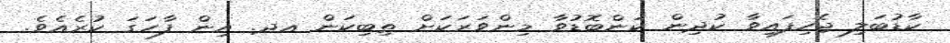
ކާޑުބަލި ޖެހިފައިވާ ކުދިން ކަންބޮޑުވާ މިންވަރަކަށް ތިބިކަން އދ. އިން ފާހަގަ ކުރެއެވެ.